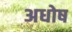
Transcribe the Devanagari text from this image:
अधोष